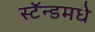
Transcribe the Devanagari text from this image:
स्टॅन्डमधे